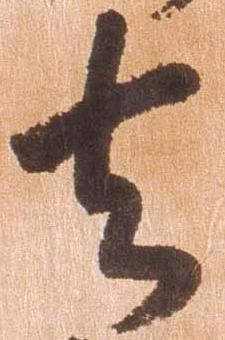
去